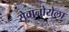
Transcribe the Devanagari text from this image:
सेवानोरोला